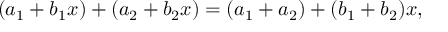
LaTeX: ( a _ { 1 } + b _ { 1 } x ) + ( a _ { 2 } + b _ { 2 } x ) = ( a _ { 1 } + a _ { 2 } ) + ( b _ { 1 } + b _ { 2 } ) x ,